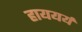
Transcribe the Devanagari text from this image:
हाययर्य